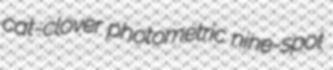
cat-clover photometric nine-spot